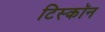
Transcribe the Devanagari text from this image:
टिस्कॉन